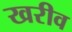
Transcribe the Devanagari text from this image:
खरीव